Scientific memoirs by medical officers of the Army of India - Part II,
Year: 1886
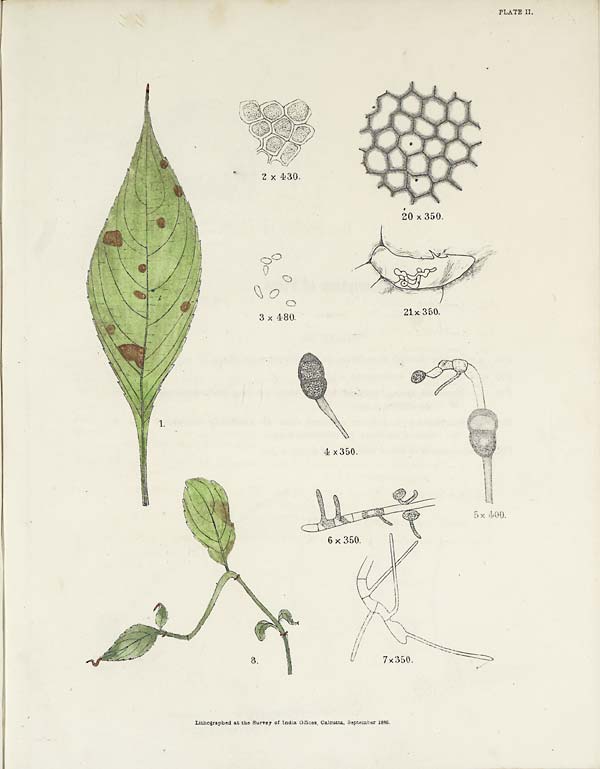
PLATE II.
Lithograpbed at the Survey of India Offices, Calcutta, September 1886.